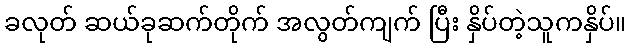
ခလုတ် ဆယ်ခုဆက်တိုက် အလွတ်ကျက် ပြီး နှိပ်တဲ့သူကနှိပ်။